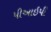
પીઆઇપી